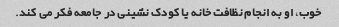
خوب، او به انجام نظافت خانه یا کودک نشینی در جامعه فکر می کند.